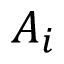
A _ { i }